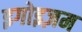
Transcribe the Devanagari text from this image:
इगोइज़म